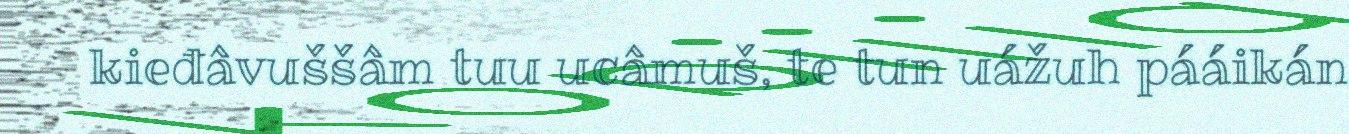
kieđâvuššâm tuu ucâmuš, te tun uážuh pááikán